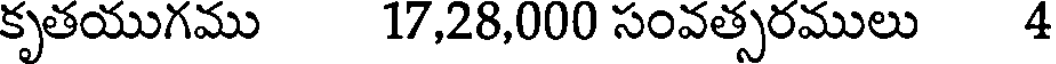
కృతయుగము 17,28,000 సంవత్సరములు 4